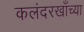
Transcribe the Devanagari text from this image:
कलंदरखाँच्या